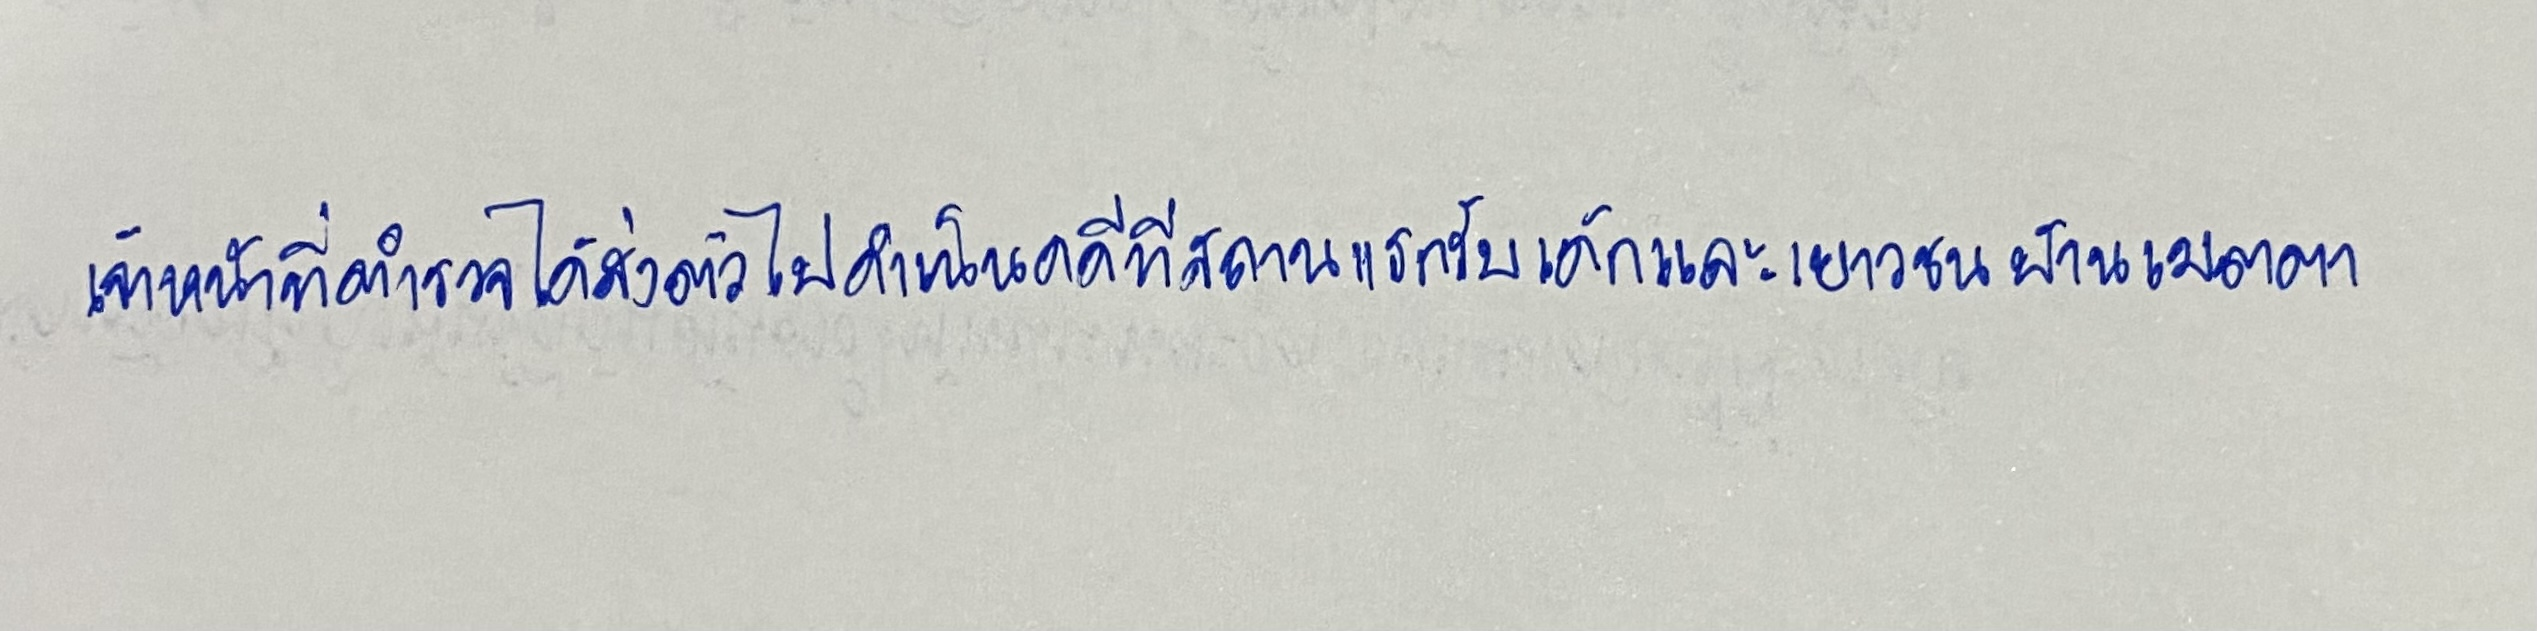
เจ้าหน้าที่ตำรวจได้ส่งตัวไปดำเนินคดีที่สถานแรกรับเด็กและเยาวชนบ้านเมตตา